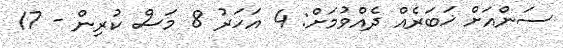
ސަންއަށް ޚަބަރެއް ދެއްވުމަށް: 4 އަހަރު 8 މަސް ކުރިން - 17